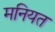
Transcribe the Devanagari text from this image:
मनियत